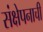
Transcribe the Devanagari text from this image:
संक्षेपनाची